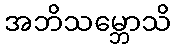
အဘိသမ္ဘောသိ